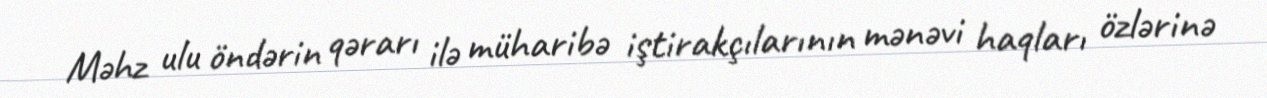
Məhz ulu öndərin qərarı ilə müharibə iştirakçılarının mənəvi haqları özlərinə